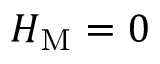
{ \cal H } _ { \mathrm { M } } = 0